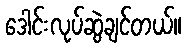
ဒေါင်းလုပ်ဆွဲချင်တယ်။